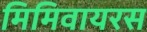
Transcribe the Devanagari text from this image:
मिमिवायरस